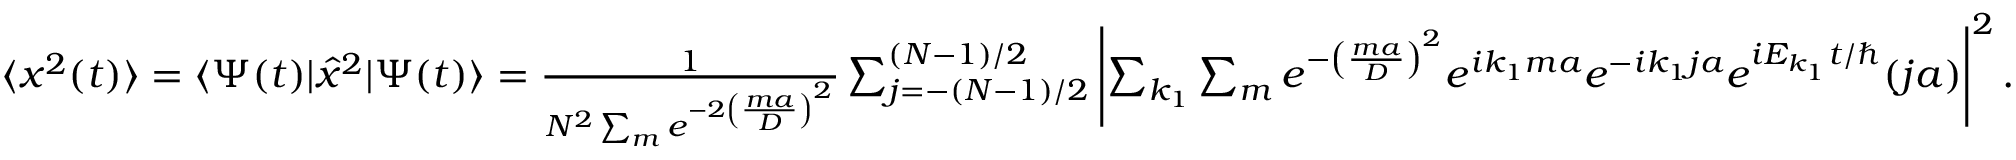
\begin{array} { r } { \langle x ^ { 2 } ( t ) \rangle = \langle \Psi ( t ) | \hat { x } ^ { 2 } | \Psi ( t ) \rangle = \frac { 1 } { N ^ { 2 } \sum _ { m } e ^ { - 2 \left( \frac { m a } { D } \right) ^ { 2 } } } \sum _ { j = - ( N - 1 ) / 2 } ^ { ( N - 1 ) / 2 } \left| \sum _ { k _ { 1 } } \sum _ { m } e ^ { - \left( \frac { m a } { D } \right) ^ { 2 } } e ^ { i k _ { 1 } m a } e ^ { - i k _ { 1 } j a } e ^ { i E _ { k _ { 1 } } t / \hbar } ( j a ) \right| ^ { 2 } . } \end{array}